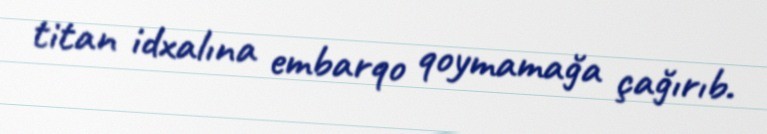
titan idxalına embarqo qoymamağa çağırıb.